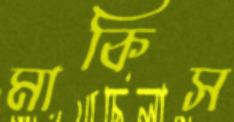
মাকিস